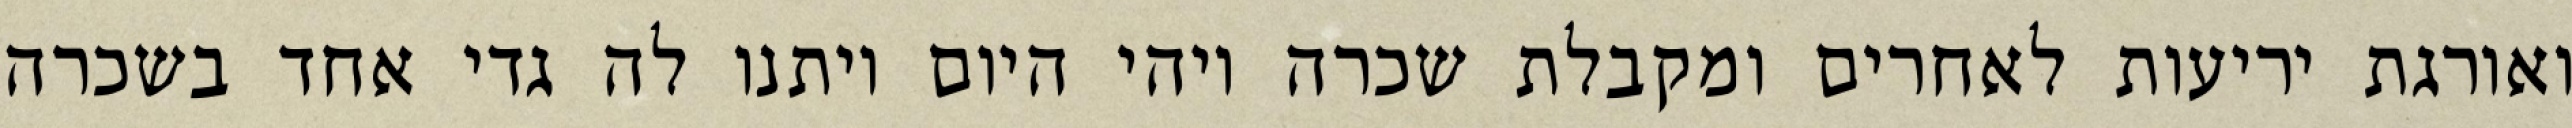
ואורגת יריעות לאחרים ומקבלת שכרה ויהי היום ויתנו לה גדי אחד בשכרה